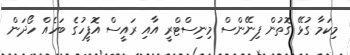
މިކަމާ ގުޅޭ ގޮތުން ފިނޭންސް މިނިސްޓްރީ އާއި ރައީސް އޮފީހުގެ ބަހެއް ހޯދަން